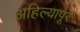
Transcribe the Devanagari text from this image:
अहिल्यापूर